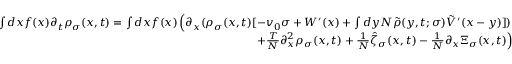
\begin{array} { r } { \int d x f ( x ) \partial _ { t } \rho _ { \sigma } ( x , t ) = \int d x f ( x ) \left( \partial _ { x } ( \rho _ { \sigma } ( x , t ) [ - v _ { 0 } \sigma + W ^ { \prime } ( x ) + \int d y N \tilde { \rho } ( y , t ; \sigma ) \tilde { V } ^ { \prime } ( x - y ) ] ) \right. } \\ { \left. + \frac { T } { N } \partial _ { x } ^ { 2 } \rho _ { \sigma } ( x , t ) + \frac { 1 } { N } \hat { \zeta } _ { \sigma } ( x , t ) - \frac { 1 } { N } \partial _ { x } \Xi _ { \sigma } ( x , t ) \right) } \end{array}